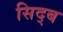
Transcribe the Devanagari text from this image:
सिद्ब